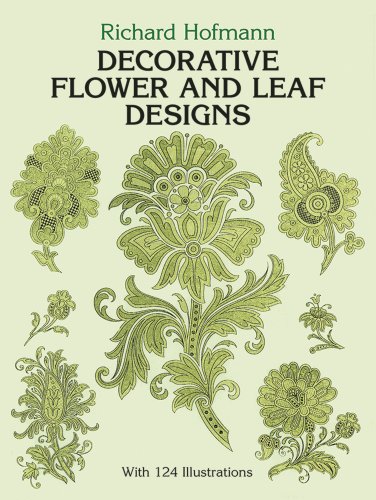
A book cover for Decorative Flower and Leaf Designs (Dover Pictorial Archive); Richard Hofmann; Arts & Photography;